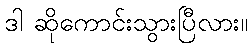
ဒါ ဆိုကောင်းသွားပြီလား။